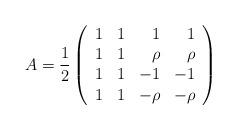
LaTeX: \begin{align*} A =\dfrac{1}{2}\left(\begin{array} {rrrr}1 & 1 & 1 & 1 \\1 & 1 & \rho & \rho \\1 & 1 & -1 & -1 \\1 & 1 & -\rho & -\rho\end{array}\right)\end{align*}